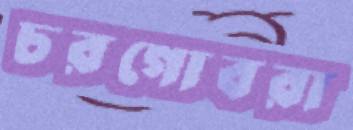
চরগোবরা